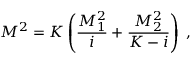
M ^ { 2 } = K \left( \frac { M _ { 1 } ^ { 2 } } { i } + \frac { M _ { 2 } ^ { 2 } } { K - i } \right) \; ,